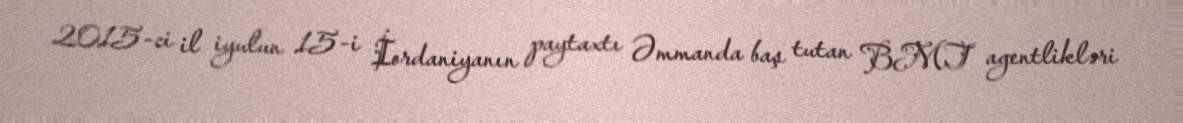
2015-ci il iyulun 15-i İordaniyanın paytaxtı Əmmanda baş tutan BMT agentlikləri